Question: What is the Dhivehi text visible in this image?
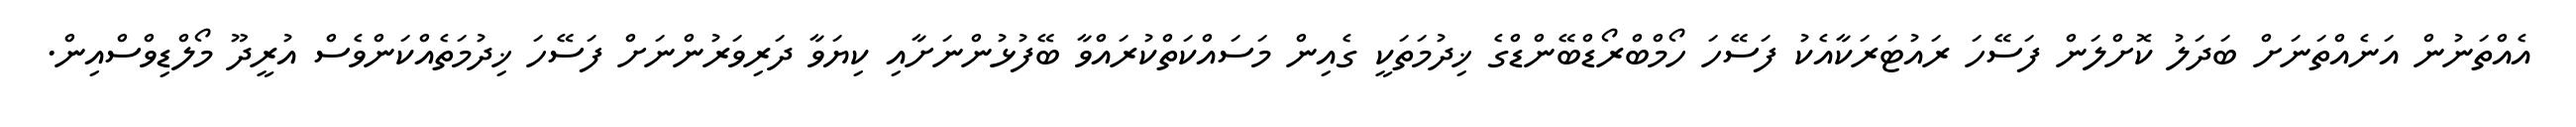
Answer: އެއްތަނުން އަނެއްތަނަށް ބަދަލު ކޮށްލަން ފަސޭހަ ރައުޓަރަކާއެކު ފަސޭހަ ހޯމްބްރޯޑްބޭންޑްގެ ޚިދުމަތަކީ ގެއިން މަސައްކަތްކުރައްވާ ބޭފުޅުންނަށާއި ކިޔަވާ ދަރިވަރުންނަށް ފަސޭހަ ޚިދުމަތެއްކަންވެސް އުރީދޫ މޯލްޑިވްސްއިން.